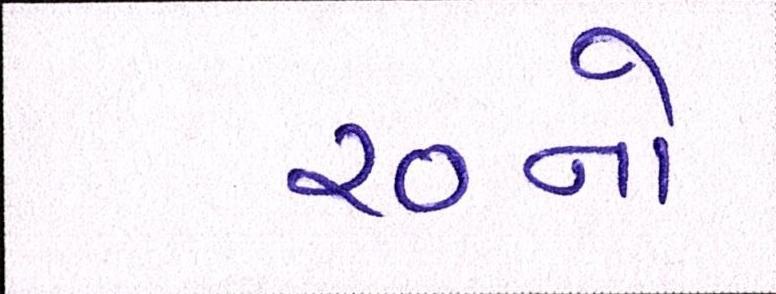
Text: ૨૦નો